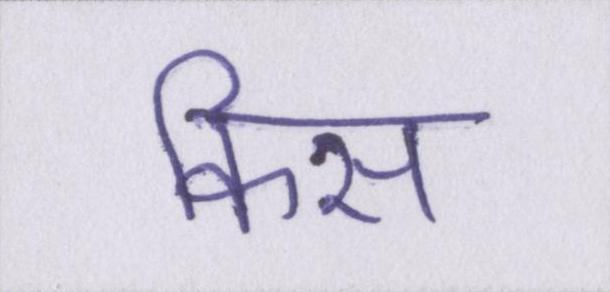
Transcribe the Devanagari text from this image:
किस